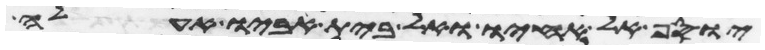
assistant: יוסף אל אחיו ואל בית אביו אעלה